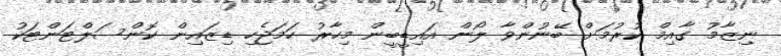
ނިޒާމު ގާއިމް ކުރުމަށް ބޭނުންވާ ލޯން އައިޑީބީން މިހާރު ހަމަޖެހި ޑިޒައިން ކޮންސަލްޓަންޓަކު